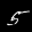
Label: 5